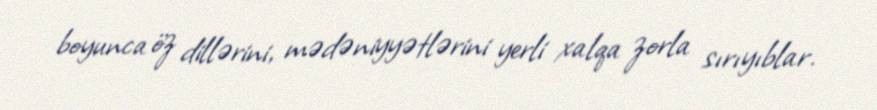
boyunca öz dillərini, mədəniyyətlərini yerli xalqa zorla sırıyıblar.